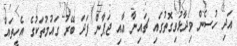
އަދި ހުސެން ވިދާޅުވިގޮތުގައި ޗައިނާ އާއި ޖަޕާން ފަދަ ބޭރު ގައުމުތަކުގެ އެހީތައް